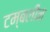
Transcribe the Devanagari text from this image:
टम्बलीन